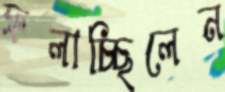
ফলাচ্ছিলেন